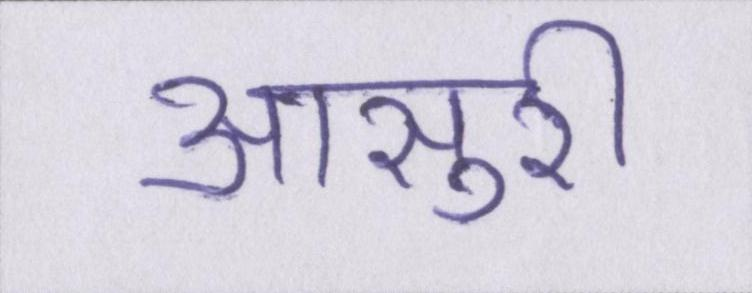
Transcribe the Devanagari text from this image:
आसुरी